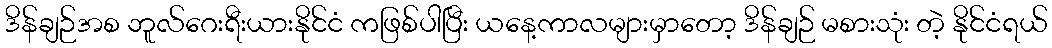
ဒိန်ချဉ်အစ ဘူလ်ဂေးရီးယားနိုင်ငံ ကဖြစ်ပါပြီး ယနေ့ကာလများမှာတော့ ဒိန်ချဉ် မစားသုံး တဲ့ နိုင်ငံရယ်